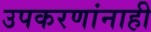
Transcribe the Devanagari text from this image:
उपकरणांनाही